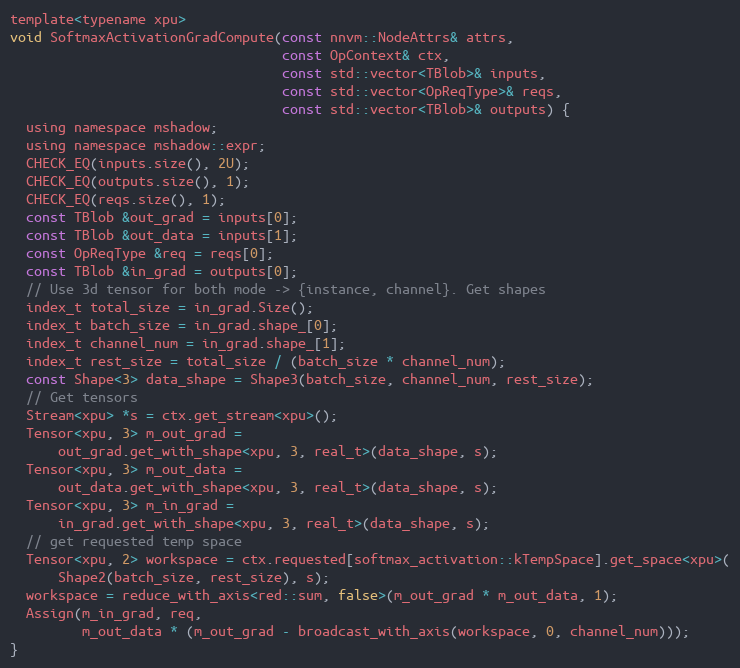
Language: C
template<typename xpu>
void SoftmaxActivationGradCompute(const nnvm::NodeAttrs& attrs,
                                  const OpContext& ctx,
                                  const std::vector<TBlob>& inputs,
                                  const std::vector<OpReqType>& reqs,
                                  const std::vector<TBlob>& outputs) {
  using namespace mshadow;
  using namespace mshadow::expr;
  CHECK_EQ(inputs.size(), 2U);
  CHECK_EQ(outputs.size(), 1);
  CHECK_EQ(reqs.size(), 1);
  const TBlob &out_grad = inputs[0];
  const TBlob &out_data = inputs[1];
  const OpReqType &req = reqs[0];
  const TBlob &in_grad = outputs[0];
  // Use 3d tensor for both mode -> {instance, channel}. Get shapes
  index_t total_size = in_grad.Size();
  index_t batch_size = in_grad.shape_[0];
  index_t channel_num = in_grad.shape_[1];
  index_t rest_size = total_size / (batch_size * channel_num);
  const Shape<3> data_shape = Shape3(batch_size, channel_num, rest_size);
  // Get tensors
  Stream<xpu> *s = ctx.get_stream<xpu>();
  Tensor<xpu, 3> m_out_grad =
      out_grad.get_with_shape<xpu, 3, real_t>(data_shape, s);
  Tensor<xpu, 3> m_out_data =
      out_data.get_with_shape<xpu, 3, real_t>(data_shape, s);
  Tensor<xpu, 3> m_in_grad =
      in_grad.get_with_shape<xpu, 3, real_t>(data_shape, s);
  // get requested temp space
  Tensor<xpu, 2> workspace = ctx.requested[softmax_activation::kTempSpace].get_space<xpu>(
      Shape2(batch_size, rest_size), s);
  workspace = reduce_with_axis<red::sum, false>(m_out_grad * m_out_data, 1);
  Assign(m_in_grad, req,
         m_out_data * (m_out_grad - broadcast_with_axis(workspace, 0, channel_num)));
}